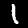
Digit: 1